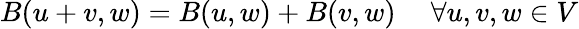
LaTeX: B(u+v,w)=B(u,w)+B(v,w)\ \quad\forall u,v,w\in V